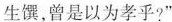
生馔，曾是以为孝乎?”